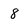
Character: 8